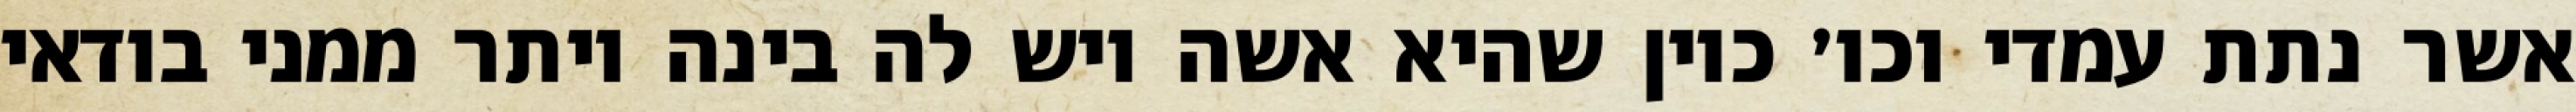
אשר נתת עמדי וכו׳ כיון שהיא אשה ויש לה בינה יותר ממני בודאי